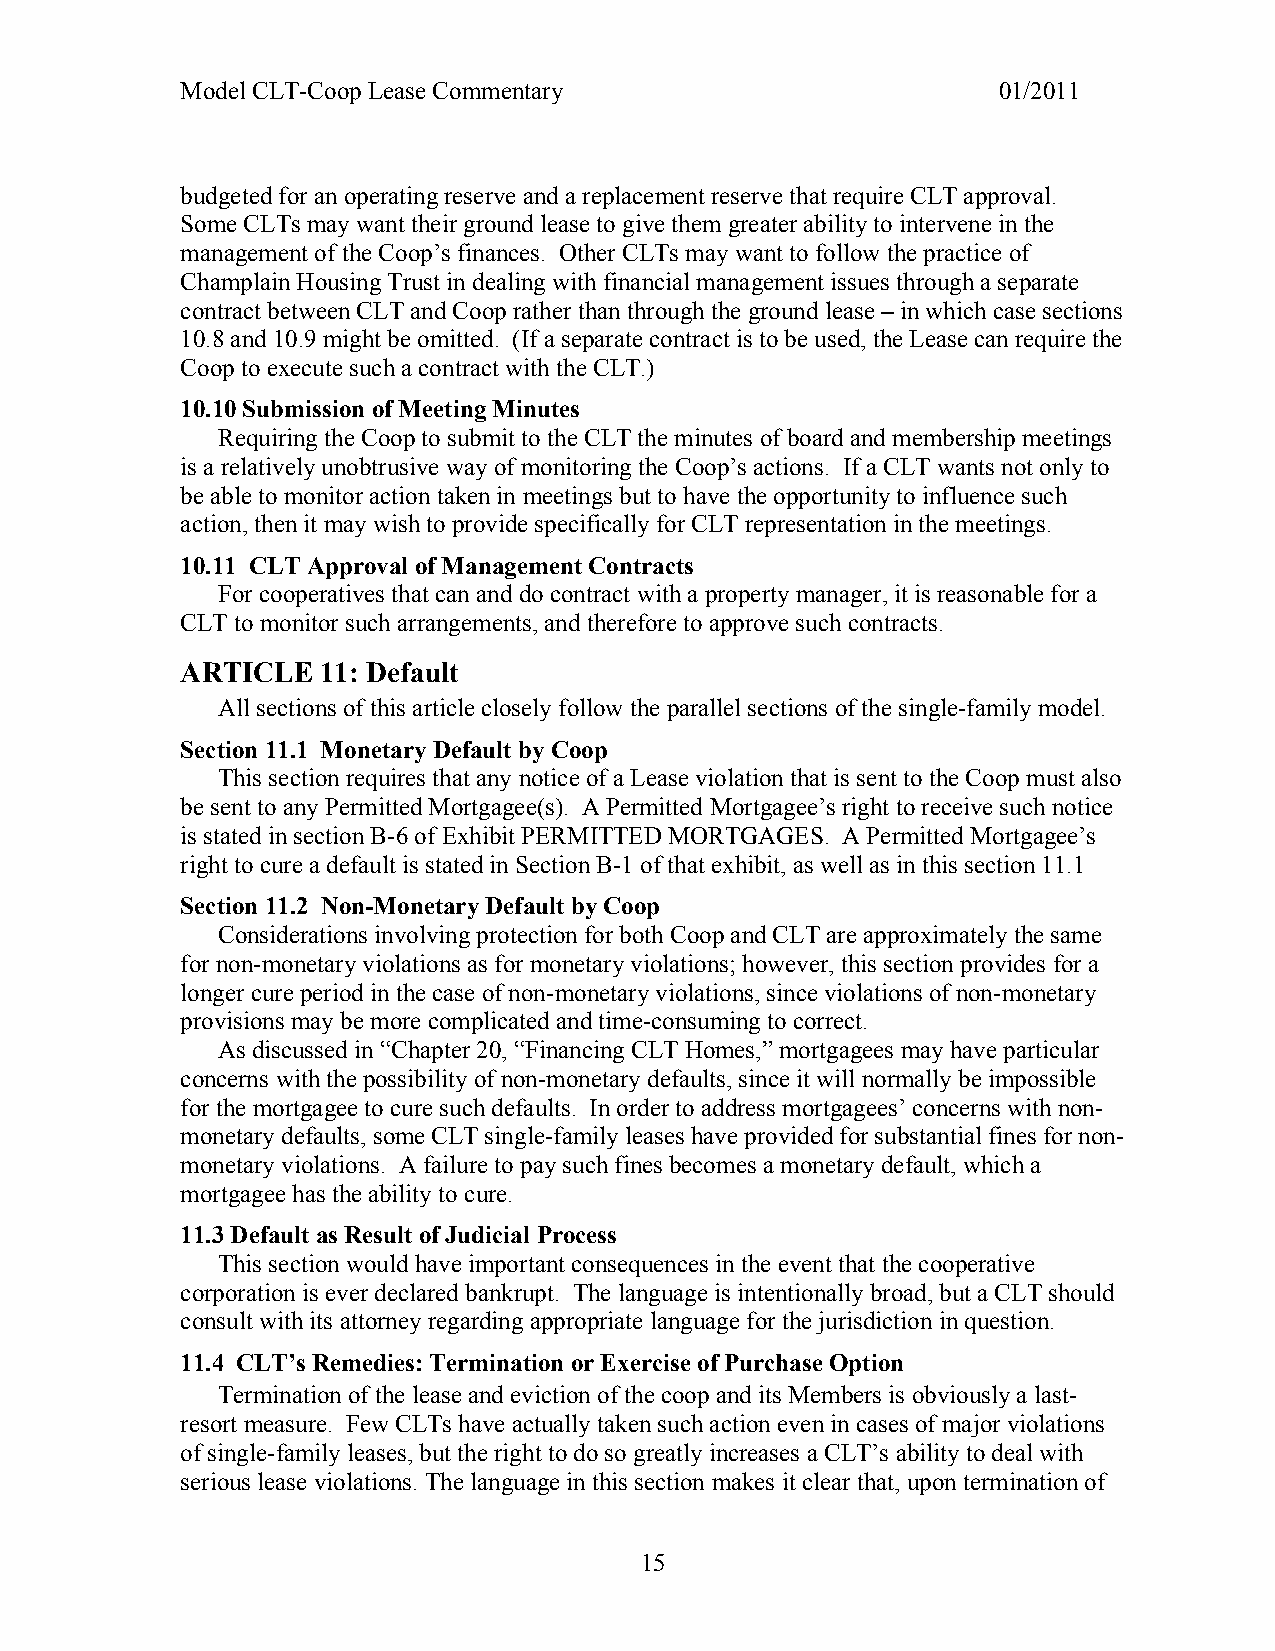
Model CLT-Coop Lease Commentary                       01/2011
 budgeted for an operating reserve and a replacement reserve that require CLT approval.
 Some CLTs may want their ground lease to give them greater ability to intervene in the
 management of the Coop’s finances. Other CLTs may want to follow the practice of
 Champlain Housing Trust in dealing with financial management issues through a separate
 contract between CLT and Coop rather than through the ground lease – in which case sections
 10.8 and 10.9 might be omitted. (If a separate contract is to be used, the Lease can require the
 Coop to execute such a contract with the CLT.)
 10.10 Submission of Meeting Minutes
 Requiring the Coop to submit to the CLT the minutes of board and membership meetings
 is a relatively unobtrusive way of monitoring the Coop’s actions. If a CLT wants not only to
 be able to monitor action taken in meetings but to have the opportunity to influence such
 action, then it may wish to provide specifically for CLT representation in the meetings.
 10.11 CLT Approval of Management Contracts
 For cooperatives that can and do contract with a property manager, it is reasonable for a
 CLT to monitor such arrangements, and therefore to approve such contracts.
 ARTICLE  11: Default
 All sections of this article closely follow the parallel sections of the single-family model.
 Section 11.1 Monetary Default by Coop
 This section requires that any notice of a Lease violation that is sent to the Coop must also
 be sent to any Permitted Mortgagee(s). A Permitted Mortgagee’s right to receive such notice
 is stated in section B-6 of Exhibit PERMITTED MORTGAGES. A Permitted Mortgagee’s
 right to cure a default is stated in Section B-1 of that exhibit, as well as in this section 11.1
 Section 11.2 Non-Monetary Default by Coop
 Considerations involving protection for both Coop and CLT are approximately the same
 for non-monetary violations as for monetary violations; however, this section provides for a
 longer cure period in the case of non-monetary violations, since violations of non-monetary
 provisions may be more complicated and time-consuming to correct.
 As discussed in “Chapter 20, “Financing CLT Homes,” mortgagees may have particular
 concerns with the possibility of non-monetary defaults, since it will normally be impossible
 for the mortgagee to cure such defaults. In order to address mortgagees’ concerns with non-
 monetary defaults, some CLT single-family leases have provided for substantial fines for non-
 monetary violations. A failure to pay such fines becomes a monetary default, which a
 mortgagee has the ability to cure.
 11.3 Default as Result of Judicial Process
 This section would have important consequences in the event that the cooperative
 corporation is ever declared bankrupt. The language is intentionally broad, but a CLT should
 consult with its attorney regarding appropriate language for the jurisdiction in question.
 11.4 CLT’s Remedies: Termination or Exercise of Purchase Option
 Termination of the lease and eviction of the coop and its Members is obviously a last-
 resort measure. Few CLTs have actually taken such action even in cases of major violations
 of single-family leases, but the right to do so greatly increases a CLT’s ability to deal with
 serious lease violations. The language in this section makes it clear that, upon termination of
 15